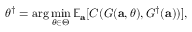
\theta ^ { \dagger } = \arg \operatorname* { m i n } _ { \theta \in \Theta } \mathbb { E } _ { \mathbf { a } } [ C ( G ( \mathbf { a } , \theta ) , G ^ { \dagger } ( \mathbf { a } ) ) ] ,